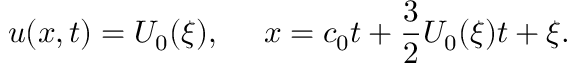
u ( x , t ) = U _ { 0 } ( \xi ) , ~ ~ ~ ~ x = c _ { 0 } t + \frac { 3 } { 2 } U _ { 0 } ( \xi ) t + \xi .